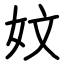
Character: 妏